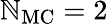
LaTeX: \mathbb{N}_{\mathrm{{MC}}}=2